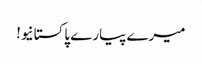
میرے پیارے پاکستانیو!